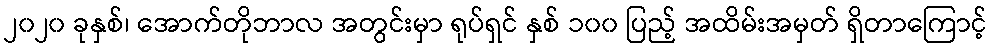
၂၀၂၀ ခုနှစ်၊ အောက်တိုဘာလ အတွင်းမှာ ရုပ်ရှင် နှစ် ၁၀၀ ပြည့် အထိမ်းအမှတ် ရှိတာကြောင့်